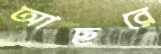
আছরে